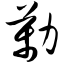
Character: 劢